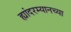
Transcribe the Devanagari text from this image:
ह्यांदरम्यानच्या